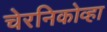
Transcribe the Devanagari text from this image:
चेरनिकोव्हा